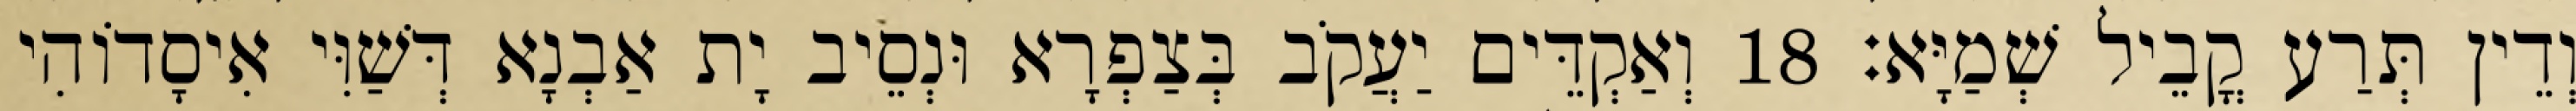
וְדֵין תְּרַע קֳבֵיל שְׁמַיָּא׃ 18 וְאַקְדֵּים יַעֲקֹב בְּצַפְרָא וּנְסֵיב יָת אַבְנָא דְּשַׁוִּי אִיסָדוֹהִי